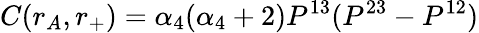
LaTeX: C(r_{A},r_{+})=\alpha_{4}(\alpha_{4}+2)P^{13}(P^{23}-P^{12})